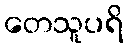
တေသူပရိ